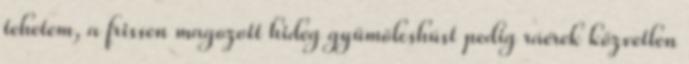
tehetem, a frissen magozott hideg gyümölcshúst pedig ráérek közvetlen